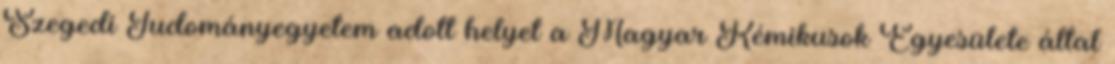
Szegedi Tudományegyetem adott helyet a Magyar Kémikusok Egyesülete által